Civil Veterinary Department Bihar & Orissa reports 1922-29 - 1922-1929
Year: 1922
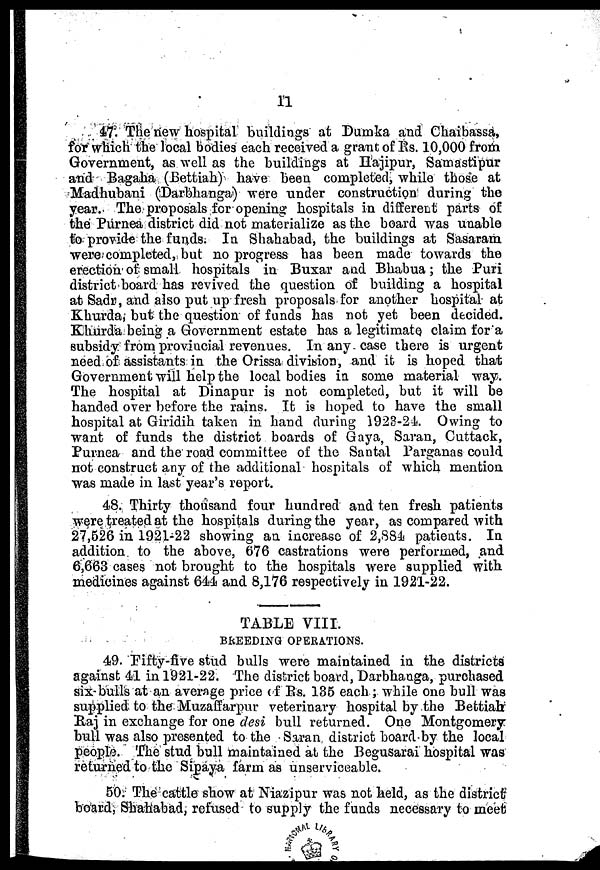
11
47. The new hospital buildings at Dumka and Chaibassa,
for which the local bodies each received a grant of Rs. 10,000 from
Government, as well as the buildings at Hajipur, Samastipur
and Bagaha (Bettiah) have been completed, while those at
Madhubani (Darbhanga) were under construction during the
year. The proposals for opening hospitals in different parts of
the Purnea district did not materialize as the board was unable
to provide the funds. In Shahabad, the buildings at Sasaram
were completed, but no progress has been made towards the
erection of small hospitals in Buxar and Bhabua; the Puri
district board has revived the question of building a hospital
at Sadr, and also put up fresh proposals for another hospital at
Khurda, but the question of funds has not yet been decided.
Khurda being a Government estate has a legitimate claim for a
subsidy from provincial revenues. In any case there is urgent
need of assistants in the Orissa division, and it is hoped that
Government will help the local bodies in some material way.
The hospital at Dinapur is not completed, but it will be
handed over before the rains. It is hoped to have the small
hospital at Giridih taken in hand during 1923-24. Owing to
want of funds the district boards of Gaya, Saran, Cuttack,
Purnea and the road committee of the Santal Parganas could
not construct any of the additional hospitals of which mention
was made in last year's report.
48. Thirty thousand four hundred and ten fresh patients
were treated at the hospitals during the year, as compared with
27,526 in 1921-22 showing an increase of 2,884 patients. In
addition to the above, 676 castrations were performed, and
6,663 cases not brought to the hospitals were supplied with
medicines against 644 and 8,176 respectively in 1921-22.
TABLE VIII.
BREEDING OPERATIONS.
49. Fifty-five stud bulls were maintained in the districts
against 41 in 1921-22. The district board, Darbhanga, purchased
six-bulls at an average price of Rs. 135 each; while one bull was
supplied to the Muzaffarpur veterinary hospital by the Bettiah
Raj in exchange for one desi bull returned. One Montgomery
bull was also presented to the Saran district board by the local
people. The stud bull maintained at the Begusarai hospital was
returned to the Sipaya farm as unserviceable.
50. The cattle show at Niazipur was not held, as the district
board, Shahabad, refused to supply the funds necessary to meet